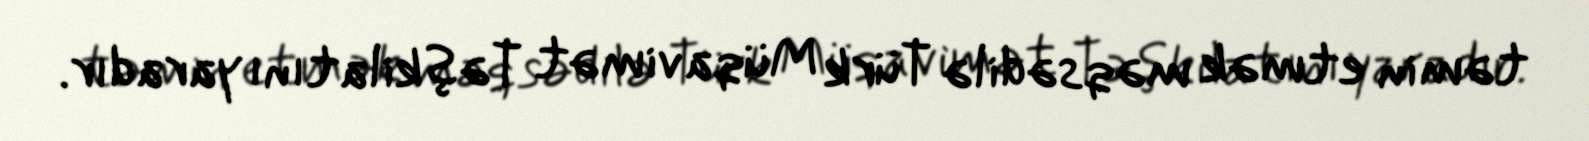
təmin etmək məqsədilə Türk Müqavimət Təşkilatını yaradır.